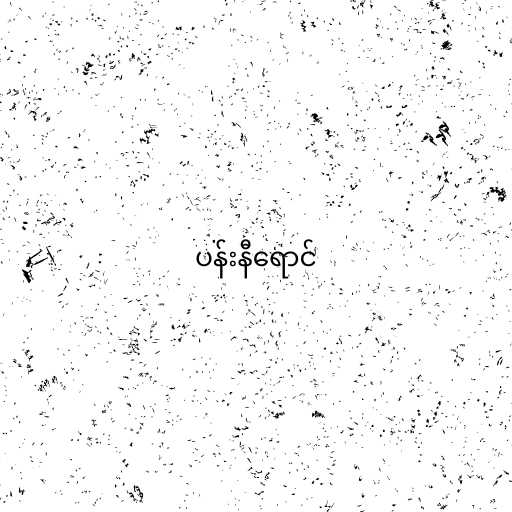
ပန်းနီရောင်